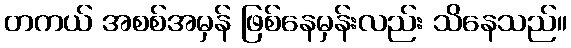
တကယ် အစစ်အမှန် ဖြစ်နေမှန်းလည်း သိနေသည်။